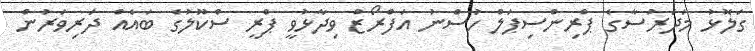
ގަލޮޅު މަދަރުސާގެ ޕްރިންސިޕަލް ހުސްނު އަފްރޯޒް ވިދާޅުވީ ޕްރީ ސްކޫލުގެ ބައެއް ދަރިވަރުން